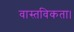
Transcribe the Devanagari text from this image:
वास्तविकता।